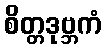
စိတ္တဒုဗ္ဘကံ